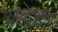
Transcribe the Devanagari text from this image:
संदेष्टा